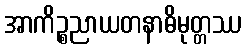
အာကိဉ္စညာယတနာဓိမုတ္တဿ